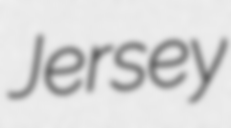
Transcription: Jersey